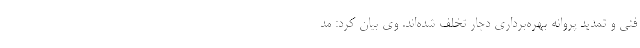
فنی و تمدید پروانه بهره‌برداری دچار تخلف شده‌اند. وی بیان کرد: مد